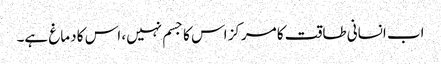
اب انسانی طاقت کا مرکز اس کا جسم نہیں، اس کا دماغ ہے۔